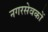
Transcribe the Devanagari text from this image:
नगरसेवकों